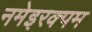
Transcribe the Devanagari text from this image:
नमेइरक्पम